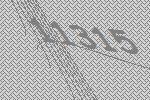
11315